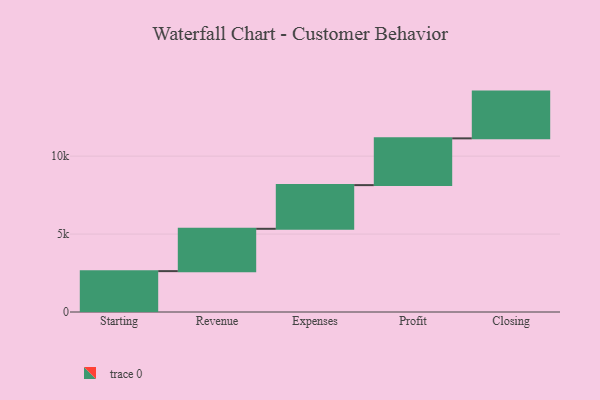
{"axis": {"x": "Step", "y": "Value"}, "legend": [""], "data": [{"x": "Starting", "y": 2622.0, "type": ""}, {"x": "Revenue", "y": 2716.0, "type": ""}, {"x": "Expenses", "y": 2803.0, "type": ""}, {"x": "Profit", "y": 3000, "type": ""}, {"x": "Closing", "y": 3000, "type": ""}]}